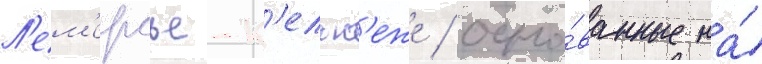
Л'ем'ерсье-к'ельк'еже / осно́ванные на́